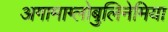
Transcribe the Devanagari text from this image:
अगामाग्लोबुलिनेमिया